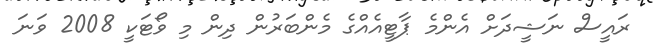
ރައީސް ނަޝީދަށް އެންމެ ޕާޓީއެއްގެ މެންބަރުން ދިން މި ވޯޓަކީ 2008 ވަނަ